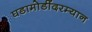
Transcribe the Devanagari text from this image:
घडामोडींदरम्यान